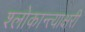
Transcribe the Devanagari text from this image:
श्लोकान्त्याक्षरी